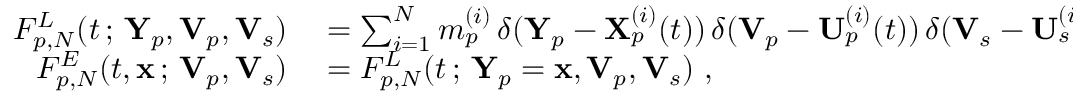
\begin{array} { r l } { F _ { p , N } ^ { L } ( t \, ; \, \mathbf { Y } _ { p } , \mathbf { V } _ { p } , \mathbf { V } _ { s } ) } & { { } = \sum _ { i = 1 } ^ { N } m _ { p } ^ { ( i ) } \, \delta ( \mathbf { Y } _ { p } - \mathbf { X } _ { p } ^ { ( i ) } ( t ) ) \, \delta ( \mathbf { V } _ { p } - \mathbf { U } _ { p } ^ { ( i ) } ( t ) ) \, \delta ( \mathbf { V } _ { s } - \mathbf { U } _ { s } ^ { ( i ) } ( t ) ) ~ , } \\ { F _ { p , N } ^ { E } ( t , \mathbf { x } \, ; \, \mathbf { V } _ { p } , \mathbf { V } _ { s } ) } & { { } = F _ { p , N } ^ { L } ( t \, ; \, \mathbf { Y } _ { p } = \mathbf { x } , \mathbf { V } _ { p } , \mathbf { V } _ { s } ) ~ , } \end{array}